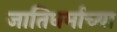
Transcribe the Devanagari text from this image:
जातिधर्माच्या